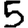
Digit: 5